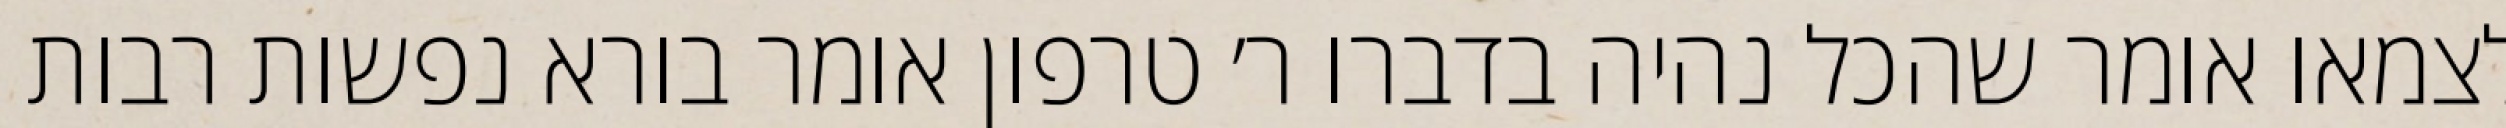
לצמאו אומר שהכל נהיה בדברו ר׳ טרפון אומר בורא נפשות רבות